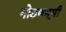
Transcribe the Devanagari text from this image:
गोठणभूमी